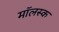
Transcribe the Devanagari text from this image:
मॉलस्क